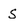
Character: S